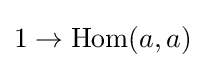
1\to \operatorname {Hom} (a,a)